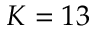
K = 1 3